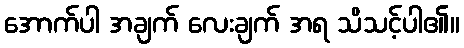
အောက်ပါ အချက် လေးချက် အရ သိသင့်ပါ၏။